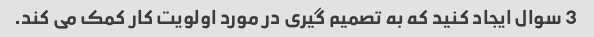
3 سوال ایجاد کنید که به تصمیم گیری در مورد اولویت کار کمک می کند.